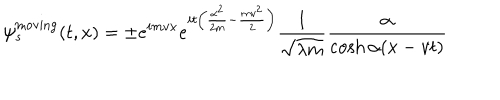
\psi _ { s } ^ { \mathrm { m o v i n g } } ( t , x ) = \pm e ^ { i m v x } e ^ { i t \left( \frac { \alpha ^ { 2 } } { 2 m } - \frac { m v ^ { 2 } } { 2 } \right) } \frac { 1 } { \sqrt { \lambda m } } \frac { \alpha } { \cosh \alpha ( x - v t ) }